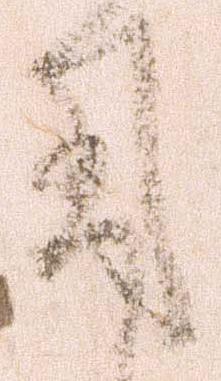
用